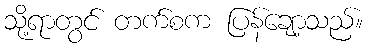
သို့ရာတွင် တက်စက ပြန်ချော့သည်။